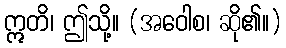
ဣတိ၊ ဤသို့။ (အဝေါစ၊ ဆို၏။)